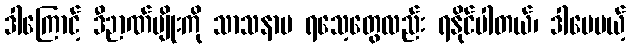
ဒါကြောင့် ဒီဉာဏ်မျိုးကို သာသနာပ ရသေ့တွေလည်း ရနိုင်ပါတယ်၊ ဒါပေမယ့်